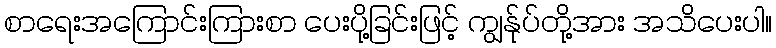
စာရေးအကြောင်းကြားစာ ပေးပို့ခြင်းဖြင့် ကျွန်ုပ်တို့အား အသိပေးပါ။